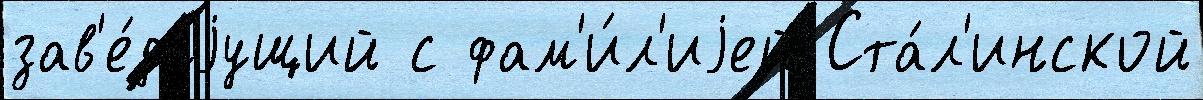
зав'е́дуjущий с фам'и́л'иjей Ста́л'инской